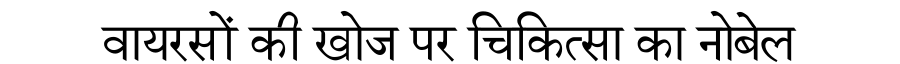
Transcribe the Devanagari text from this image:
वायरसों की खोज पर चिकित्सा का नोबेल